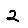
Digit: 2